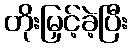
တိုးမြှင့်ခဲ့ပြီး